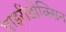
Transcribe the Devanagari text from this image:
पाइरीडोक्सिन